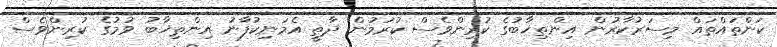
ކަންތައްތައް މިސަރުކާރުން އިންތިޚާބުގެ ކުރިންވެސް ކުރަމުން ދާތީ އެމަނިކުފާނު އިންތިޚާބު ވުމުގެ ކުރިންވެސް